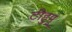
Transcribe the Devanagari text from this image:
टीहुपू